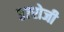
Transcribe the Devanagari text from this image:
३७रोजी